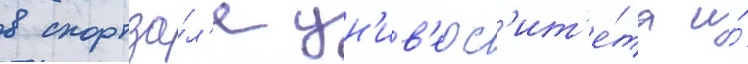
в спортза́л'е ун'ив'ерс'ит'е́та и́